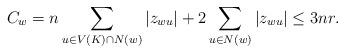
LaTeX: \begin{align*}C_w=n\sum_{u\in V(K)\cap N(w)}|z_{wu}|+2\sum_{u\in N(w)}|z_{wu}|\leq 3nr.\end{align*}